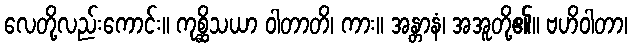
လေတို့လည်းကောင်း။ ကုစ္ဆိသယာ ဝါတာတိ၊ ကား။ အန္တာနံ၊ အအူတို့၏။ ဗဟိဝါတာ၊